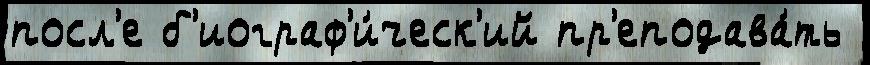
посл'е б'иограф'и́ческ'ий пр'еподава́ть